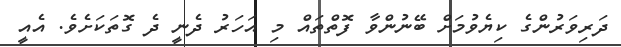
ދަރިވަރުންގެ ކިޔެވުމަށް ބޭނުންވާ ފޮތްތައް މި އަހަރު ދެނީ ދެ ގޮތަކަށެވެ. އެއީ